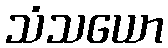
သံသယော